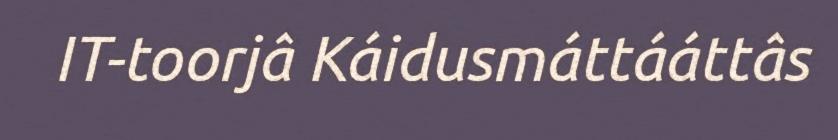
IT-toorjâ Káidusmáttááttâs